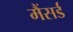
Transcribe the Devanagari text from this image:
मैंसर्ड